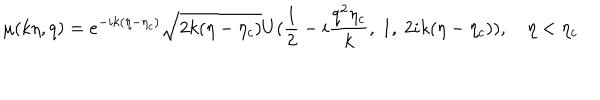
LaTeX: \mu ( k \eta , q ) = e ^ { - i k ( \eta - \eta _ { c } ) } \sqrt { 2 k ( \eta - \eta _ { c } ) } U ( \frac { 1 } { 2 } - i \frac { q ^ { 2 } \eta _ { c } } { k } , ~ 1 , ~ 2 i k ( \eta - \eta _ { c } ) ) , ~ \eta < \eta _ { c }